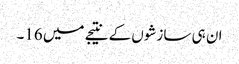
ان ہی سازشوں کے نتیجے میں 16۔